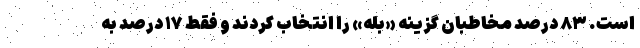
است. ۸۳ درصد مخاطبان گزینه «بله» را انتخاب کردند و فقط ۱۷ درصد به